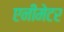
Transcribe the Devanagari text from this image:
एनीमेटर